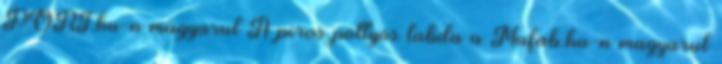
PORT.hu-n magyarul A piros pöttyös labda a Mafab.hu-n magyarul